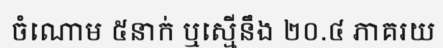
ចំណោម ៥នាក់ ឬស្មើនឹង ២០.៤ ភាគរយ